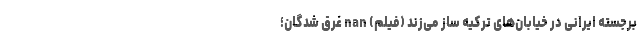
برجسته ایرانی در خیابان‌های ترکیه ساز می‌زند (فیلم) nan غرق شدگان؛